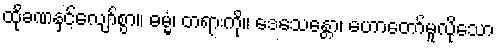
ထိုခဏနှင့်လျော်စွာ။ ဓမ္မံ၊ တရားကို။ ဒေသေန္တော၊ ဟောတော်မူလိုသော